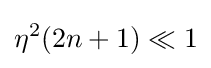
\eta ^{2}(2n+1)\ll 1